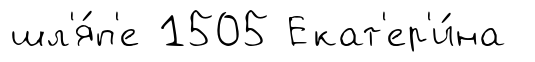
шл'я́п'е 1505 Екат'ер'и́на